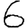
Digit: 6